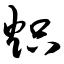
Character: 炽